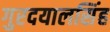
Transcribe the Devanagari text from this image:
गुरदयालसिंह